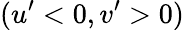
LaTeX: (u^{\prime}<0,v^{\prime}>0)